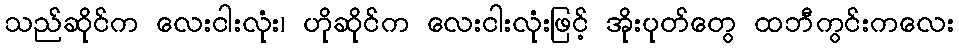
သည်ဆိုင်က လေးငါးလုံး၊ ဟိုဆိုင်က လေးငါးလုံးဖြင့် အိုးပုတ်တွေ ထဘီကွင်းကလေး